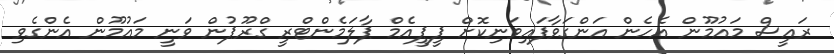
ރައީސް މައުމޫން އެހެން އަންގަވާފައިވަނިކޮށް ޕީޕީއެމް ޕާލަމެންޓްރީ ގްރޫޕުން ވަނީ މައުމޫން އެންގެވި